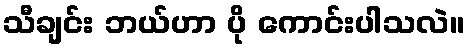
သီချင်း ဘယ်ဟာ ပို ကောင်းပါသလဲ။